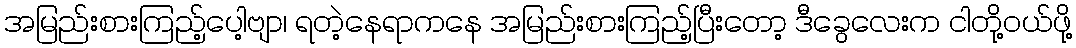
အမြည်းစားကြည့်ပေါ့ဗျာ၊ ရတဲ့နေရာကနေ အမြည်းစားကြည့်ပြီးတော့ ဒီခွေလေးက ငါတို့ဝယ်ဖို့